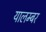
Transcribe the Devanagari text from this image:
यालम्बर